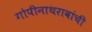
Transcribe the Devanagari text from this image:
गोपीनाथरावांची